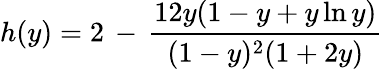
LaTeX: h(y)=2\, -\, {\frac{12y(1-y+y\ln y)}{(1-y)^{2}(1+2y)}}